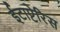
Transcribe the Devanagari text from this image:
ईटाप्टेरिस